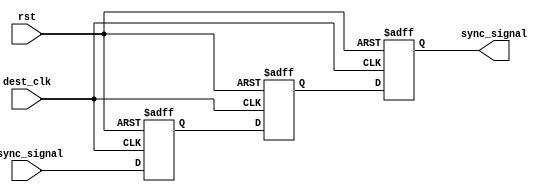
module dual_flop_synchronizer (
    input wire async_signal,     // Asynchronous input signal
    input wire dest_clk,         // Destination clock
    input wire rst,              // Reset signal
    output reg sync_signal       // Synchronized output signal
);

// Internal signals for first and second flip-flops
reg ff1, ff2;

// First Flip-Flop (FF1)
always @(posedge dest_clk or posedge rst) begin
    if (rst) begin
        ff1 <= 1'b0;           // Reset FF1 to 0
    end else begin
        ff1 <= async_signal;   // Capture async_signal
    end
end

// Second Flip-Flop (FF2)
always @(posedge dest_clk or posedge rst) begin
    if (rst) begin
        ff2 <= 1'b0;           // Reset FF2 to 0
    end else begin
        ff2 <= ff1;            // Capture output of FF1
    end
end

// Output assignment
always @(posedge dest_clk or posedge rst) begin
    if (rst) begin
        sync_signal <= 1'b0;   // Reset sync_signal to 0
    end else begin
        sync_signal <= ff2;     // Output the synchronized signal
    end
end

endmodule